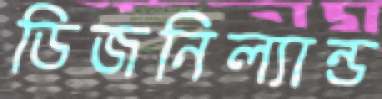
ডিজনিল্যান্ড